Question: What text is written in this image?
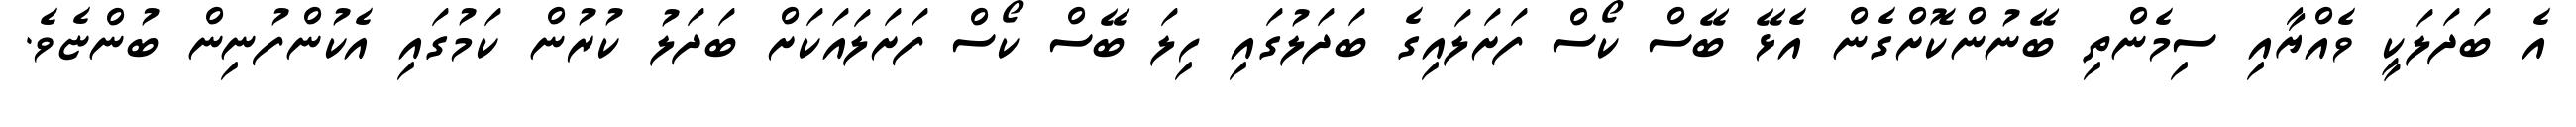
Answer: އެ ބަދަލަކީ ވެއްޔާއި ސިމެންތި ބޭނުންކޮށްގެން އެޅޭ ބޭސް ކޯސް ފަށަލައިގެ ބަދަލުގައި ހިލަ ބޭސް ކޯސް ފަށަލައަކަށް ބަދަލު ކުރުން ކަމުގައި އެކުންފުނިން ބުންޏެވެ.